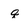
Character: q